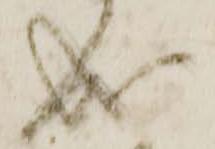
成